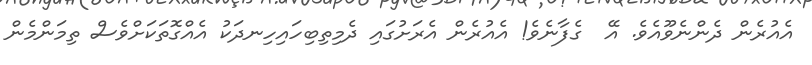
އެއުރެން ދެންނެވޫއެވެ. އޭ  ގެފާނެވެ! އެއުރެން އެރަށުގައި ދެމިތިބިހައިހިނދަކު އެއްގޮތަކަށްވެސް ތިމަންމެން